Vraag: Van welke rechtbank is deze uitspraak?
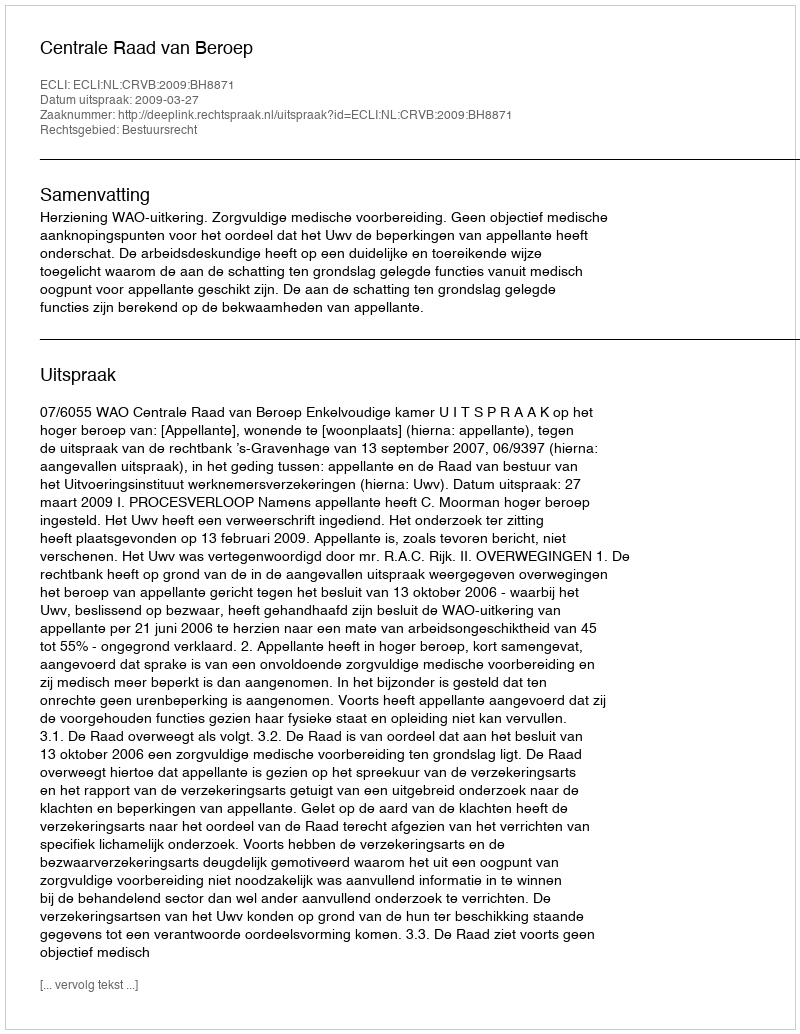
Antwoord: Centrale Raad van Beroep